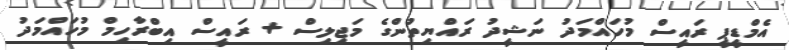
އެމްޑީޕީ ރައީސް މުހައްމަދު ނަޝީދު ރައްޔިތުންގެ މަޖިލިސް + ރައީސް އިބްރާހިމް މުހައްމަދު